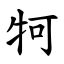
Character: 牱